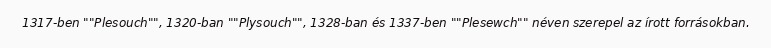
1317-ben ""Plesouch"", 1320-ban ""Plysouch"", 1328-ban és 1337-ben ""Plesewch"" néven szerepel az írott forrásokban.